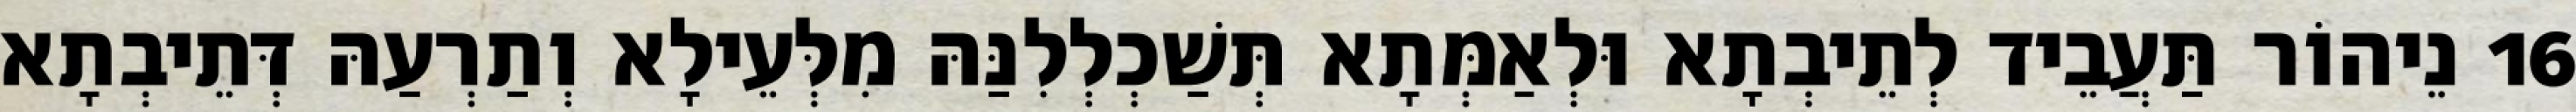
16 נֵיהוֹר תַּעֲבֵיד לְתֵיבְתָא וּלְאַמְּתָא תְּשַׁכְלְלִנַּהּ מִלְּעֵילָא וְתַרְעַהּ דְּתֵיבְתָא